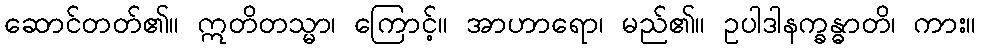
ဆောင်တတ်၏။ ဣတိတသ္မာ၊ ကြောင့်။ အာဟာရော၊ မည်၏။ ဥပါဒါနက္ခန္ဓာတိ၊ ကား။